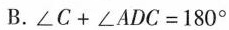
B.$$∠ C + ∠ A D C = 1 8 0 °$$